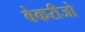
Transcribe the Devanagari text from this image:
बेकरीजो